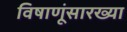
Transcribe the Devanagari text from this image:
विषाणूंसारख्या